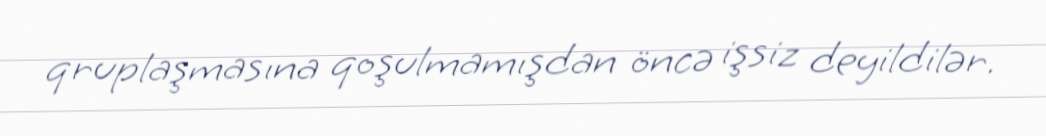
qruplaşmasına qoşulmamışdan öncə işsiz deyildilər.